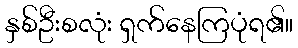
နှစ်ဦးစလုံး ရှက်နေကြပုံရ၏။